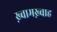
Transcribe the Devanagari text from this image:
ख़्वामख़्वाह